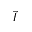
\vec { I }